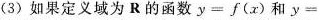
(3)如果定义域为R的函数$$y=f(x)$$和y=